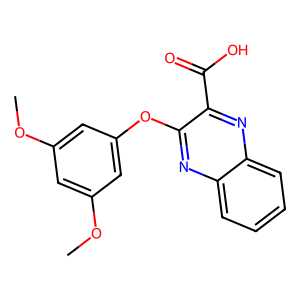
SMILES: COc1cc(OC)cc(Oc2nc3ccccc3nc2C(=O)O)c1
Inhibits HIV replication: No